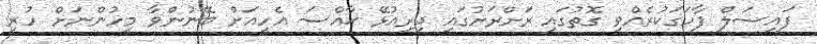
ފައިސަލް ފާހަގަކުރެއްވި ގޮތުގައި ރަށްރަށުގައި ދިރިއުޅޭ ޚާއްސަ އެހީއަށް ބޭނުންވާ މީހުންނަށް ހުރި